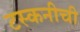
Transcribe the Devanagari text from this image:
टस्कनीची